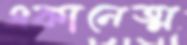
একানেত্ম